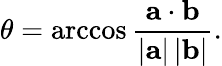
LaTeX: \theta=\operatorname{arccos}{\frac{\mathbf{a}\cdot\mathbf{b}}{\left|\mathbf{a}\right|\left|\mathbf{b}\right|}}.